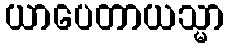
ယာပေတာယသ္မာ